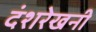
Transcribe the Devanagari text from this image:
दंशरेखनी